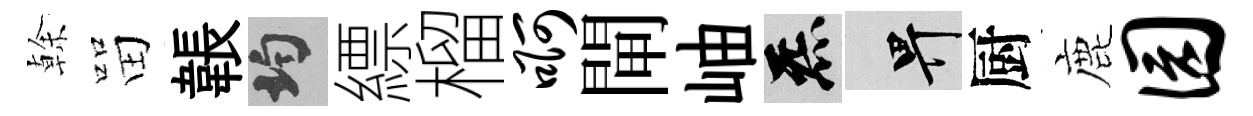
𠏉㽞韔均縹榴啊閘岫炁畀厨鹿园